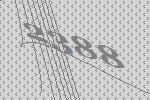
2388